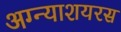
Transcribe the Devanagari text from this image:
अग्न्याशयरस